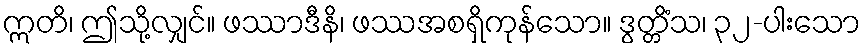
ဣတိ၊ ဤသို့လျှင်။ ဖဿာဒီနိ၊ ဖဿအစရှိကုန်သော။ ဒွတ္တိံသ၊ ၃၂-ပါးသော